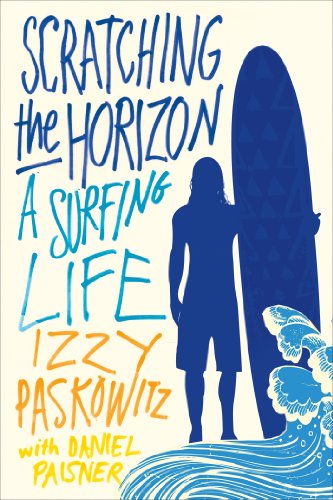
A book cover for Scratching the Horizon: A Surfing Life; Izzy Paskowitz; Sports & Outdoors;